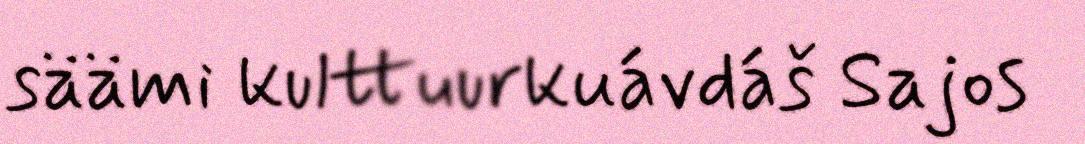
säämi kulttuurkuávdáš Sajos